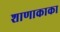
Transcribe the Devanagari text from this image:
शाणाकाका